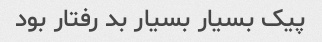
پیک بسیار بسیار بد رفتار بود